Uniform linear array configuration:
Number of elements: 4
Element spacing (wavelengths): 0.5
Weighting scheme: cosine
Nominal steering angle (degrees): -45
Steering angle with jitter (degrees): -45.608
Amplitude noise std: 0.05
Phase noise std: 0.05

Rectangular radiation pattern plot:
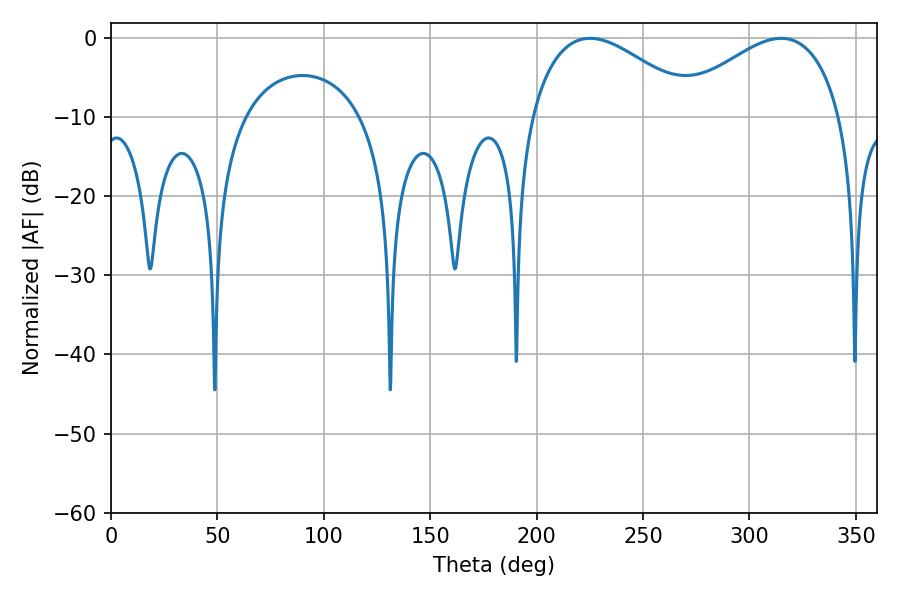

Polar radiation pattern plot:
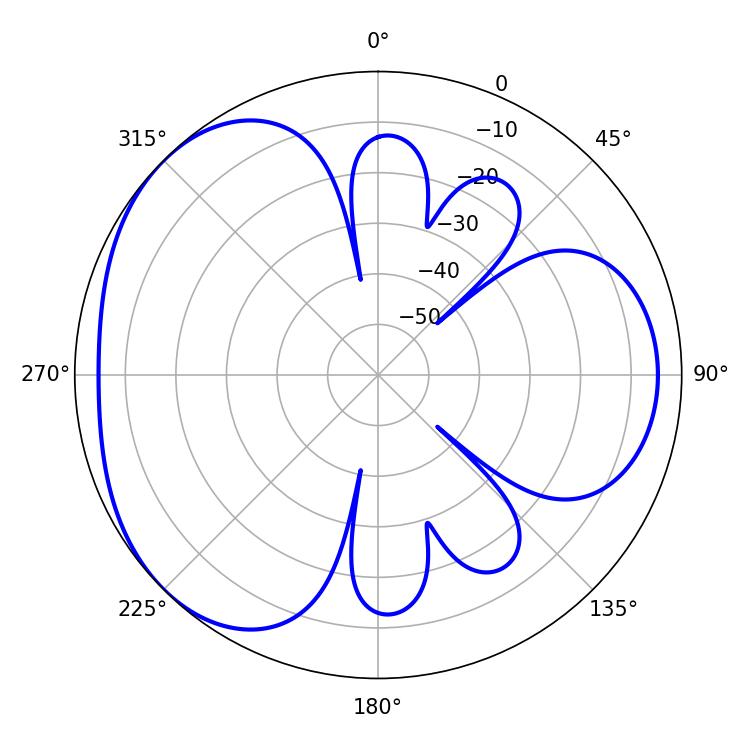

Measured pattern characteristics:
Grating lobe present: FALSE
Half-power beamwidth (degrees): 42.84
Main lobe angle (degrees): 225.18